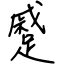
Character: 蹙